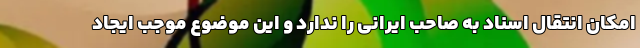
امکان انتقال اسناد به صاحب ایرانی را ندارد و این موضوع موجب ایجاد